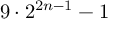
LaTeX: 9 \cdot 2 ^ { 2 n - 1 } - 1